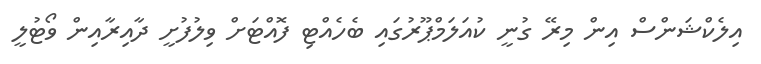
އިލެކްޝަންސް އިން މިރޭ ގުނީ ކުއަލަމްޕޫރުގައި ބެހެއްޓި ފޮއްޓަށް ވިލުފުށީ ދާއިރާއިން ވޯޓުލީ